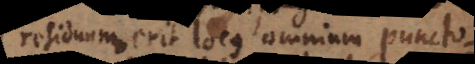
residuum erit locus omnium puncto